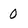
Character: 0